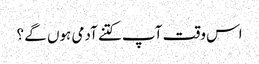
اس وقت آپ کتنے آدمی ہوں گے ؟